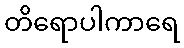
တိရောပါကာရေ